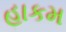
હાકમ